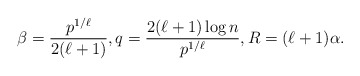
\begin{align*} \beta = \frac{p^{1/\ell}}{2(\ell+1)},q = \frac{2(\ell+1) \log n}{p^{1/\ell}},R = (\ell+1)\alpha. \end{align*}